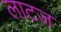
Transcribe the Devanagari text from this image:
लाटज